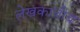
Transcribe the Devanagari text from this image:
लेखकाचीच